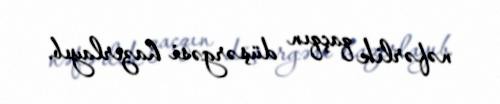
nəfərlik qaçqın düşərgəsi hazırlayıb.